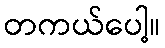
တကယ်ပေါ့။